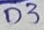
Text: D3